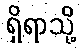
ရှိရာသို့